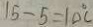
1 5 - 5 = 1 0 ^ { \circ } C